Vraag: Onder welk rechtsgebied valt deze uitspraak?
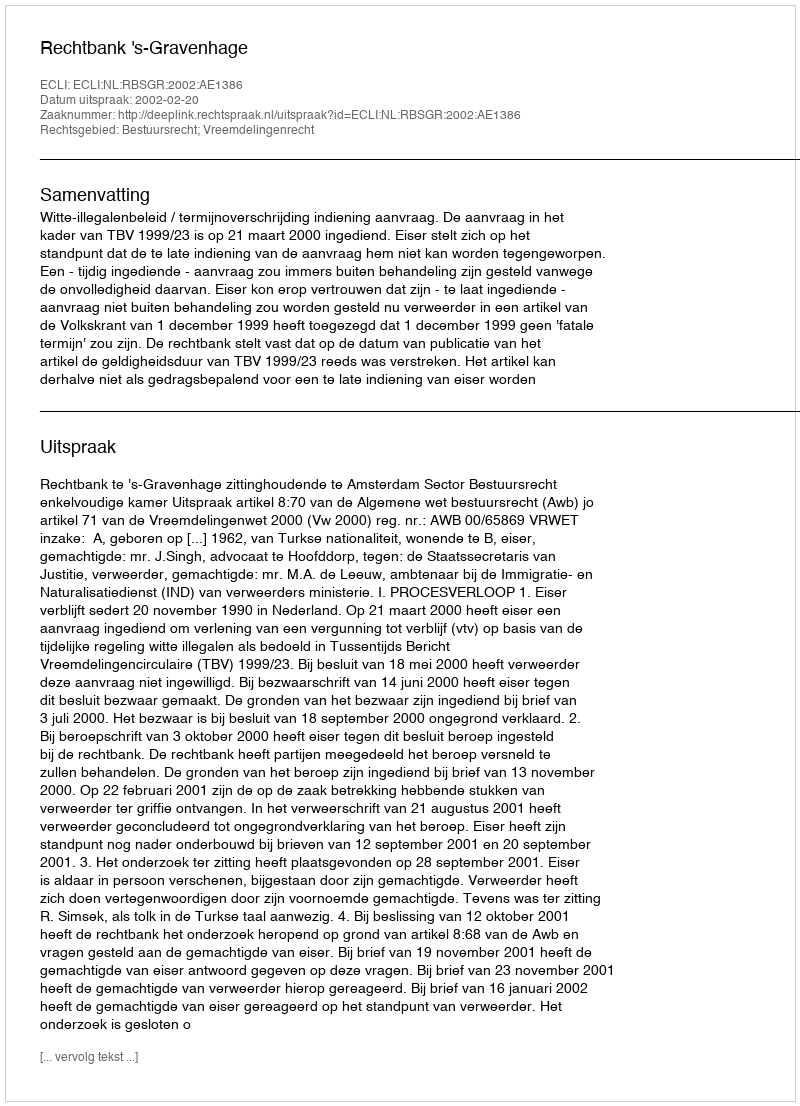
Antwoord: Bestuursrecht; Vreemdelingenrecht